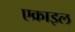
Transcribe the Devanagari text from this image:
एक्राइल